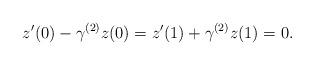
LaTeX: \begin{align*}z'(0)-\gamma^{(2)}z(0)=z'(1)+\gamma^{(2)}z(1) = 0.\end{align*}